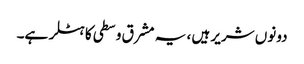
دونوں شریر ہیں ، یہ مشرق وسطی کا ہٹلر ہے۔